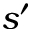
s ^ { \prime }